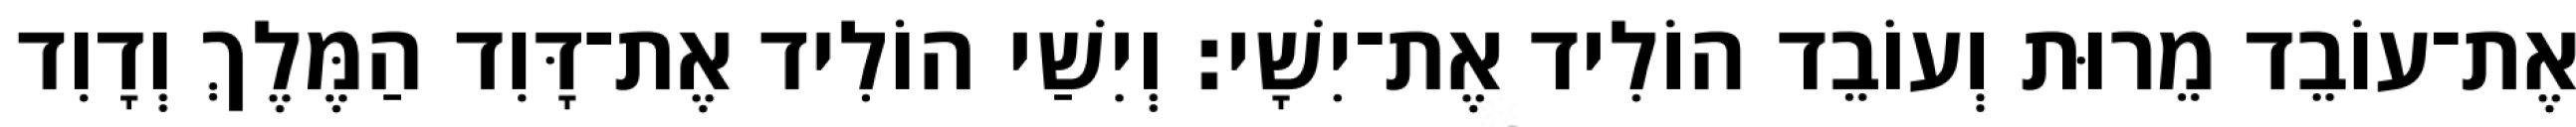
אֶת־עוֹבֵד מֵרוּת וְעוֹבֵד הוֹלִיד אֶת־יִשָׁי׃ וְיִשַׁי הוֹלִיד אֶת־דָּוִד הַמֶּלֶךְ וְדָוִד